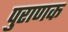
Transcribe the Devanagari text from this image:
पुराणक